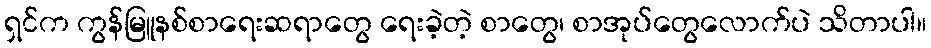
ရှင်က ကွန်မြူနစ်စာရေးဆရာတွေ ရေးခဲ့တဲ့ စာတွေ၊ စာအုပ်တွေလောက်ပဲ သိတာပါ။